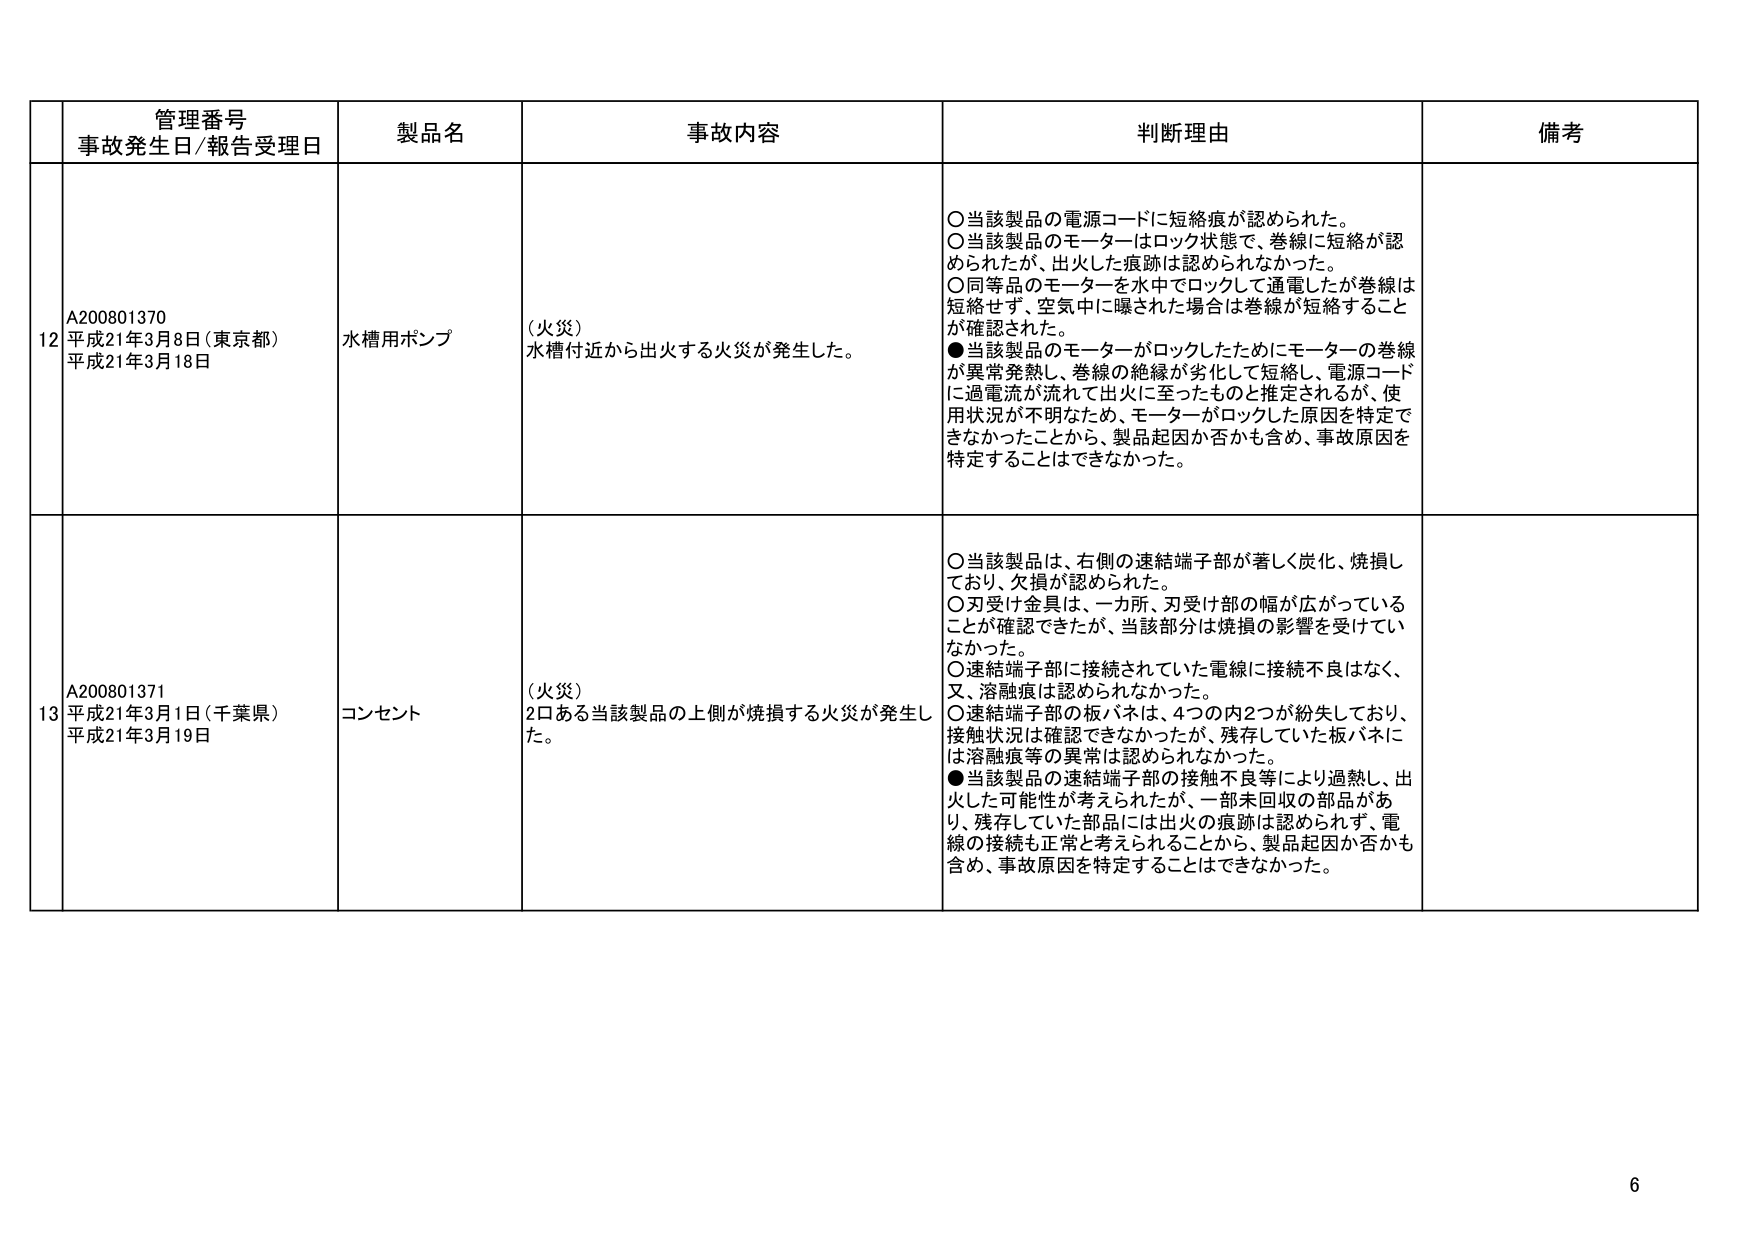
管理番号
事故発生日/報告受理日
製品名
事故内容
判断理由
備考

12
A200801370
平成21年3月8日（東京都）
平成21年3月18日
水槽用ポンプ
（火災）
水槽付近から出火する火災が発生した。
○当該製品の電源コードに短絡痕が認められた。
○当該製品のモーターはロック状態で、巻線に短絡が認められたが、出火した痕跡は認められなかった。
○同等品のモーターを水中でロックして通電したが巻線は短絡せず、空気中に曝された場合は巻線が短絡することが確認された。
●当該製品のモーターがロックしたためにモーターの巻線が異常発熱し、巻線の絶縁が劣化して短絡し、電源コードに過電流が流れて出火に至ったものと推定されるが、使用状況が不明なため、モーターがロックした原因を特定できなかったことから、製品起因か否かも含め、事故原因を特定することはできなかった。

13
A200801371
平成21年3月1日（千葉県）
平成21年3月19日
コンセント
（火災）
2口ある当該製品の上側が焼損する火災が発生した。
○当該製品は、右側の連結端子部が著しく炭化、焼損しており、欠損が認められた。
○刃受け金具は、一カ所、刃受け部の幅が広がっていることが確認できたが、当該部分は焼損の影響を受けていなかった。
○連結端子部に接続されていた電線に接続不良はなく、又、溶融痕は認められなかった。
○連結端子部の板バネは、4つの内2つが紛失しており、接触状況は確認できなかったが、残存していた板バネには溶融痕等の異常は認められなかった。
●当該製品の連結端子部の接触不良等により過熱し、出火した可能性が考えられたが、一部未回収の部品があり、残存していた部品には出火の痕跡は認められず、電線の接続も正常と考えられることから、製品起因か否かも含め、事故原因を特定することはできなかった。

6